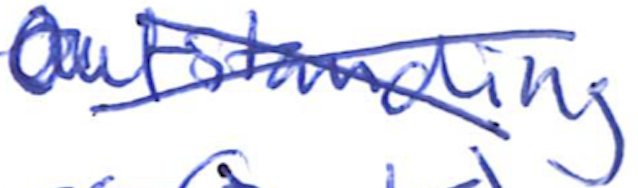
Text: Outstanding
Cross-out: cross
Writing tool: ballpoint